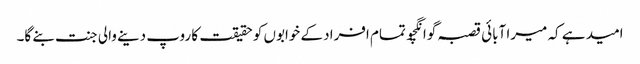
امید ہے کہ میرا آبائی قصبہ گوانگچو تمام افراد کے خوابوں کو حقیقت کا روپ دینے والی جنت بنے گا۔